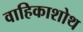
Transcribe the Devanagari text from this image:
वाहिकाशोथ